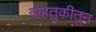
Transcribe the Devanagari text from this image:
वाहतुकीतून